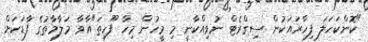
"ކޮންކަހަލަ ފިހާރައަކުން ސިގްރެޓް ނުވިއްކާނީ މި މީހުން މިހާ ފޫހިތަ"އާވާ މަލާމާތުގެ ފާޑަކަށް